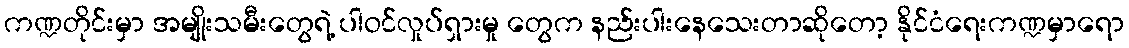
ကဏ္ဍတိုင်းမှာ အမျိုးသမီးတွေရဲ့ ပါဝင်လှုပ်ရှားမှု တွေက နည်းပါးနေသေးတာဆိုတော့ နိုင်ငံရေးကဏ္ဍမှာရော